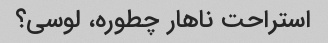
استراحت ناهار چطوره، لوسی؟